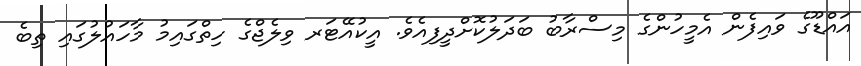
އައްޑޫގެ ވައިފެން އެމީހުންގެ މިސްރާބު ބަދަލުކޮށްދީފިއެވެ. އީކުއޭޓަރ ވިލެޖްގެ ހިތްގައިމު މާހައުލުގައި ތިބެ